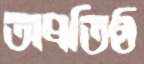
অপ্রতিষ্ঠ